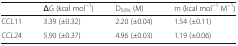
<table><thead><tr><td></td><td><b>ΔG (kcal mol<sup>−1</sup>)</b></td><td><b>D<sub>50%</sub> (M)</b></td><td><b>m (kcal mol<sup>−1</sup> M<sup>−1</sup>)</b></td></tr></thead><tbody><tr><td>CCL11</td><td>3.39 (±0.32)</td><td>2.20 (±0.04)</td><td>1.54 (±0.11)</td></tr><tr><td>CCL24</td><td>5.90 (±0.37)</td><td>4.96 (±0.03)</td><td>1.19 (±0.06)</td></tr></tbody></table>